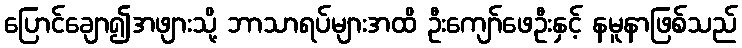
ပြောင်ချော၍အဖျားသို့ ဘာသာရပ်များအထိ ဦးကျော်ဖေဦးနှင့် နမူနာဖြစ်သည်